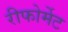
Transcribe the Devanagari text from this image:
रीफोर्मेट